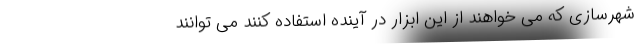
شهرسازی که می خواهند از این ابزار در آینده استفاده کنند می توانند